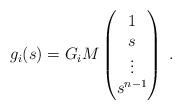
LaTeX: \begin{align*} g_i(s) = G_iM \begin{pmatrix} 1\\s\\ \vdots\\ s^{n-1}\end{pmatrix}\; . \end{align*}